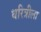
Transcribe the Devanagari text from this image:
धरित्रीला